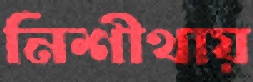
নিশীথায়